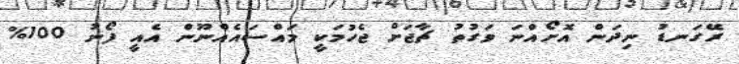
ރޭގަނޑު ނިދަން އޮށޯއްނަ ވަގުތު ޗާޖަށް ޖެހުމަކީ މައްސައެއްނޫން އެއީ ފޯނު 100%